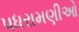
પધરામણીઓ